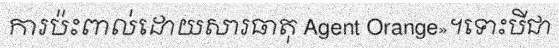
ការប៉ះពាល់ដោយសារធាតុ Agent Orange»។ទោះបីជា